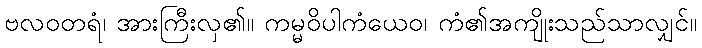
ဗလဝတရံ၊ အားကြီးလှ၏။ ကမ္မဝိပါကံယေဝ၊ ကံ၏အကျိုးသည်သာလျှင်။